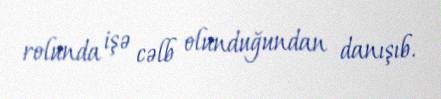
rolunda işə cəlb olunduğundan danışıb.